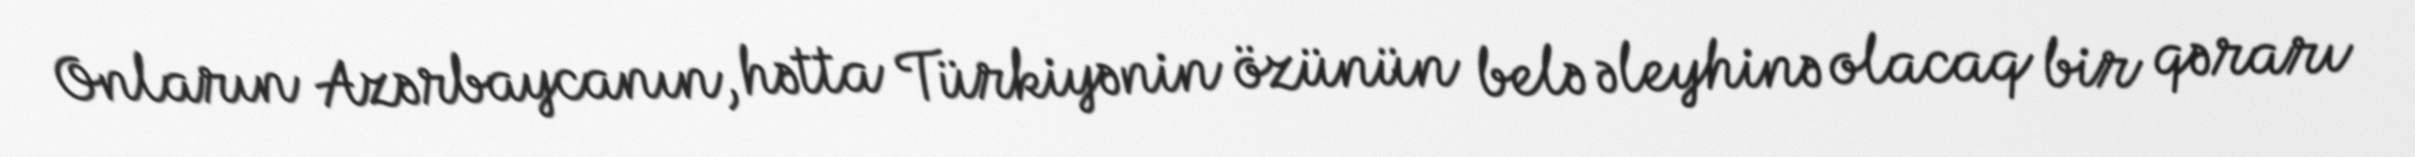
Onların Azərbaycanın, hətta Türkiyənin özünün belə əleyhinə olacaq bir qərarı